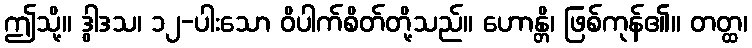
ဤသို့။ ဒွါဒသ၊ ၁၂-ပါးသော ဝိပါက်စိတ်တို့သည်။ ဟောန္တိ၊ ဖြစ်ကုန်၏။ တတ္ထ၊